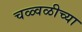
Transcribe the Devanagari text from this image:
चळ्वळीच्या